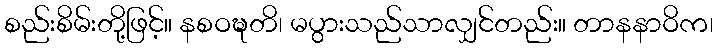
စည်းစိမ်းတို့ဖြင့်။ နစဝဍ္ဎတိ၊ မပွားသည်သာလျှင်တည်း။ တာနနာဝိက၊